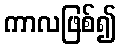
ကာလဖြစ်၍